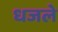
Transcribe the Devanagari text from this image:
धजले